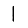
Digit: 1